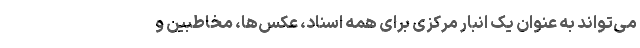
می‌تواند به عنوان یک انبار مرکزی برای همه اسناد، عکس‌ها، مخاطبین و